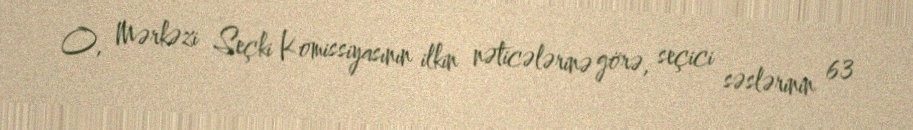
O, Mərkəzi Seçki Komissiyasının ilkin nəticələrinə görə, seçici səslərinin 63